Report on sanitation, dispensaries, and jails in Rajputana for 1921, and on vaccination for the year 1921-1922 - 1921-1922
Year: 1921
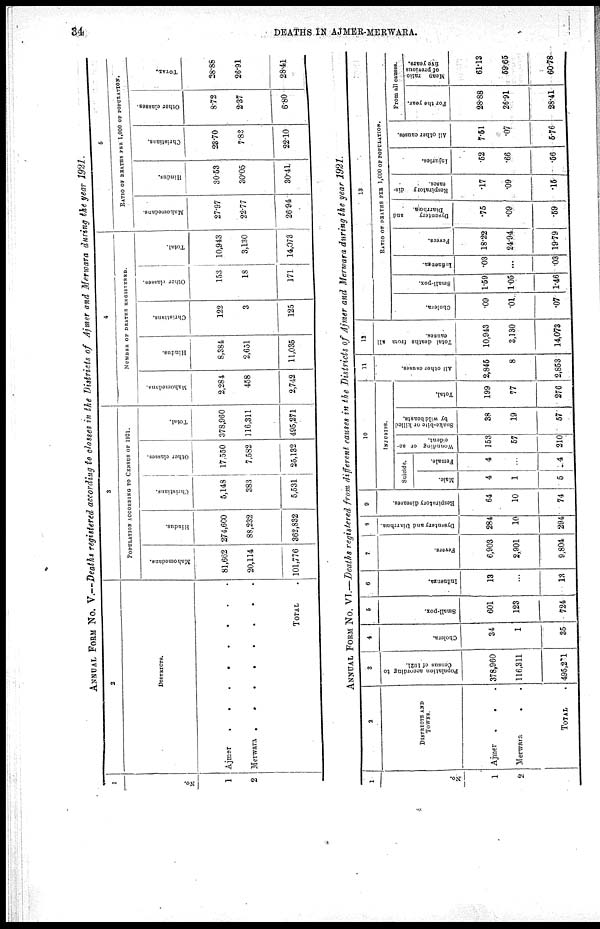
34
DEATHS IN AJMER-MERWARA.
ANNUAL FORM No. V.—Deaths registered according to classes in the Districts of Ajmer and Merwara during the year 1921.
1
No.
1
2
2
DISTRICTS.
Ajmer
Merwara
TOTAL.
3
POPULATION ACCORDING TO CENSUS OF 1921.
Mahomedans.
81,662
20,114
101,776
Hindus.
274,600
88,232
362,832
Christians.
5,148
383
5,531
Other classes.
17,550
7,582
25,132
Total.
378,960
116,311
495,271
4
NUMBER OF DEATHS REGISTERED.
Mahomedans.
2,284
458
2,742
Hindus.
8,384
2,651
11,035
Christians.
122
3
125
Other classes.
153
18
171
Total.
10,943
3,130
14,073
5
RATIO OF DEATHS PER 1,000 OF POPULATION.
Mahomedans.
27.97
22.77
26.94
Hindus.
30.53
30.05
30.41
Christians.
23.70
7.83
22.10
Other classes.
8.72
2.37
6.80
TOTAL.
28.88
26.91
28.41
ANNUAL FORM No. VI.—Deaths registered from different causes in the Districts of Ajmer and Merwara during the year 1921.
1
No.
1
2
2
DISTRICTS AND
TOWNS.
Ajmer...
Merwara..
TOTAL.
3
Population according to
Census of 1921.
378,960
116,311
495,271
4
Cholera.
34
1
35
5
Small-pox.
601
123
724
6
Influenza.
13
...
13
7
Fevers.
6,903
2,901
9,804
8
Dysentery and Diarrhœa.
284
10
294
9
Respiratory diseases.
64
10
74
10
INJURIES.
Suicide.
Male.
4
1
5
Female.
4
...
4
Wounding or ac-
cident.
153
57
210
Snake-bite or killed
by wild beasts.
38
19
57
Total.
199
77
276
11
All other causes.
2,845
8
2,853
12
Total deaths from all
causes.
10,943
3,130
14,073
13
RATIO OF DEATHS PER 1,000 OF POPULATION.
Cholera.
.09
.01
.07
Small-pox.
1.59
1.05
1.46
Influenza.
.03
...
.03
Fevers.
18.22
24.94
19.79
Dysentery
and
Diarrhœa.
.75
.09
.59
Respiratory dis-
eases.
.17
.09
.15
Injuries.
.52
.66
.56
All other causes.
7.51
.07
5.76
From all causes.
For the year.
28.88
26.91
28.41
Mean ratio
of previous
five years.
61.13
59.65
60.78